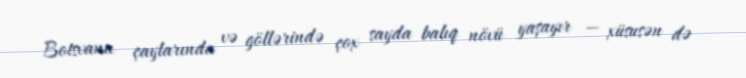
Botsvana çaylarında və göllərində çox sayda balıq növü yaşayır — xüsusən də